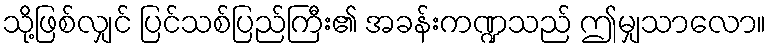
သို့ဖြစ်လျှင် ပြင်သစ်ပြည်ကြီး၏ အခန်းကဏ္ဍသည် ဤမျှသာလော။